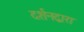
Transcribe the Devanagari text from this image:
दर्शनद्वारा